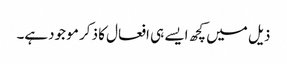
ذیل میں کچھ ایسے ہی افعال کا ذکر مو جودہے۔